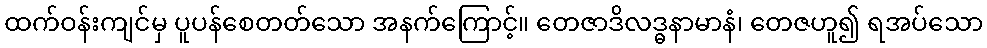
ထက်ဝန်းကျင်မှ ပူပန်စေတတ်သော အနက်ကြောင့်။ တေဇာဒိလဒ္ဓနာမာနံ၊ တေဇဟူ၍ ရအပ်သော